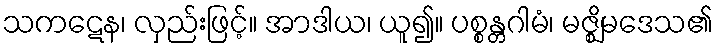
သကဋေန၊ လှည်းဖြင့်။ အာဒါယ၊ ယူ၍။ ပစ္စန္တဂါမံ၊ မဇ္ဈိမဒေသ၏